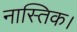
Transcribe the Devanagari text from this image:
नास्तिक।